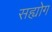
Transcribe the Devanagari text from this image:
सह्योग